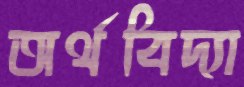
অর্থবিদ্যা